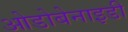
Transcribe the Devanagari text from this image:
ओडोबेनाइडी